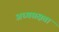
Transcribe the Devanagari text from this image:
अध्यसक्षता